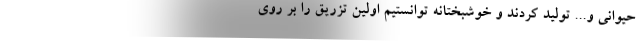
حیوانی و... تولید کردند و خوشبختانه توانستیم اولین تزریق را بر روی